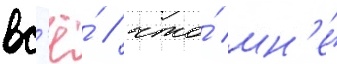
вс'ё́ / что́ мн'е́